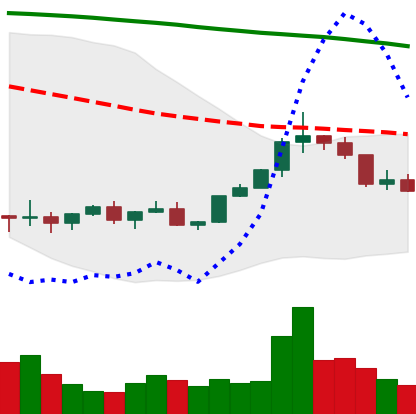
Ticker: XLM-USD
Chart end date: 2022-02-13
Forward return: -4.971%
Label: down_3_5